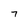
Character: 7